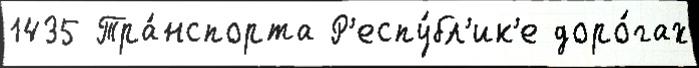
1435 Тра́нспорта Р'еспу́бл'ик'е доро́гах